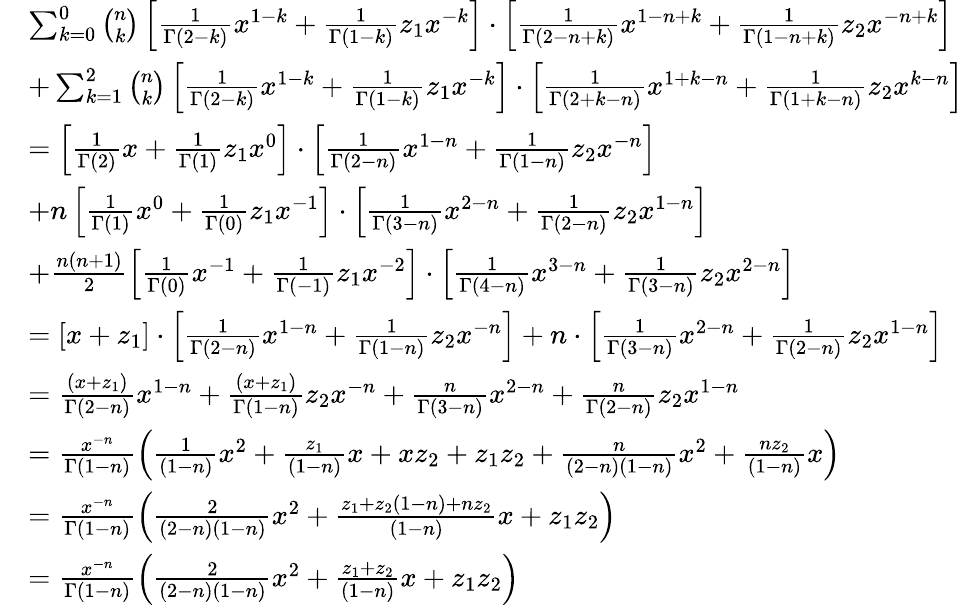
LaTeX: \begin{array}{rl}&{\sum_{k=0}^{0}\binom{n}{k}\left[\frac{1}{\Gamma(2-k)}x^{1-k}+\frac{1}{\Gamma(1-k)}z_{1}x^{-k}\right]\cdot\left[\frac{1}{\Gamma(2-n+k)}x^{1-n+k}+\frac{1}{\Gamma(1-n+k)}z_{2}x^{-n+k}\right]}\\ &{+\sum_{k=1}^{2}\binom{n}{k}\left[\frac{1}{\Gamma(2-k)}x^{1-k}+\frac{1}{\Gamma(1-k)}z_{1}x^{-k}\right]\cdot\left[\frac{1}{\Gamma(2+k-n)}x^{1+k-n}+\frac{1}{\Gamma(1+k-n)}z_{2}x^{k-n}\right]}\\ &{=\left[\frac{1}{\Gamma(2)}x+\frac{1}{\Gamma(1)}z_{1}x^{0}\right]\cdot\left[\frac{1}{\Gamma(2-n)}x^{1-n}+\frac{1}{\Gamma(1-n)}z_{2}x^{-n}\right]}\\ &{+n\left[\frac{1}{\Gamma(1)}x^{0}+\frac{1}{\Gamma(0)}z_{1}x^{-1}\right]\cdot\left[\frac{1}{\Gamma(3-n)}x^{2-n}+\frac{1}{\Gamma(2-n)}z_{2}x^{1-n}\right]}\\ &{+\frac{n(n+1)}{2}\left[\frac{1}{\Gamma(0)}x^{-1}+\frac{1}{\Gamma(-1)}z_{1}x^{-2}\right]\cdot\left[\frac{1}{\Gamma(4-n)}x^{3-n}+\frac{1}{\Gamma(3-n)}z_{2}x^{2-n}\right]}\\ &{=\left[x+z_{1}\right]\cdot\left[\frac{1}{\Gamma(2-n)}x^{1-n}+\frac{1}{\Gamma(1-n)}z_{2}x^{-n}\right]+n\cdot\left[\frac{1}{\Gamma(3-n)}x^{2-n}+\frac{1}{\Gamma(2-n)}z_{2}x^{1-n}\right]}\\ &{=\frac{(x+z_{1})}{\Gamma(2-n)}x^{1-n}+\frac{(x+z_{1})}{\Gamma(1-n)}z_{2}x^{-n}+\frac{n}{\Gamma(3-n)}x^{2-n}+\frac{n}{\Gamma(2-n)}z_{2}x^{1-n}}\\ &{=\frac{x^{-n}}{\Gamma(1-n)}\left(\frac{1}{(1-n)}x^{2}+\frac{z_{1}}{(1-n)}x+xz_{2}+z_{1}z_{2}+\frac{n}{(2-n)(1-n)}x^{2}+\frac{nz_{2}}{(1-n)}x\right)}\\ &{=\frac{x^{-n}}{\Gamma(1-n)}\left(\frac{2}{(2-n)(1-n)}x^{2}+\frac{z_{1}+z_{2}(1-n)+nz_{2}}{(1-n)}x+z_{1}z_{2}\right)}\\ &{=\frac{x^{-n}}{\Gamma(1-n)}\left(\frac{2}{(2-n)(1-n)}x^{2}+\frac{z_{1}+z_{2}}{(1-n)}x+z_{1}z_{2}\right)}\end{array}